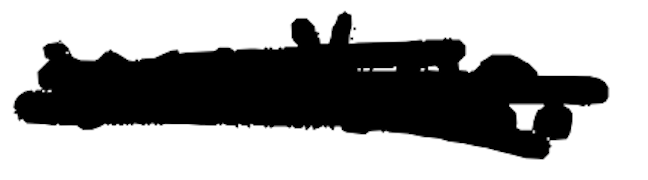
Text: writer.
Cross-out: mix
Writing tool: digital_black